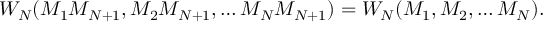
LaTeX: { \cal W } _ { N } ( M _ { 1 } M _ { N + 1 } , M _ { 2 } M _ { N + 1 } , \dots M _ { N } M _ { N + 1 } ) = { \cal W } _ { N } ( M _ { 1 } , M _ { 2 } , \dots M _ { N } ) .